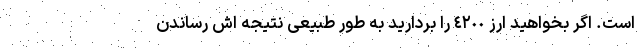
است. اگر بخواهید ارز ٤٢٠٠ را بردارید به طور طبیعی نتیجه اش رساندن